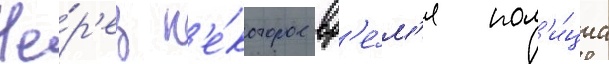
Че́р'ез н'е́которое вр'е́м'я пол'и́циа